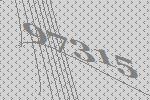
97315